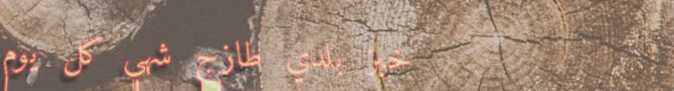
خبز بلدي طازج شهي كل يوم